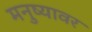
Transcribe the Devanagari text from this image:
मनुष्यावर